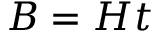
B = H t